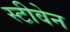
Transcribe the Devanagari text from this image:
स्‍टीवेन